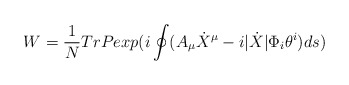
\begin{align*}W=\frac{1}{N}TrPexp(i\oint (A_{\mu }\dot{X}^{\mu }-i|\dot{X}|\Phi _{i}\theta ^{i})ds)\end{align*}